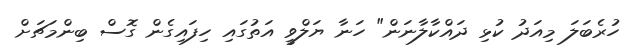
ހުރެބަލަ މިއަދު ކުޅި ދައްކާލާނަން" ހަނާ ޔަލްވީ އަތުގައި ހިފައިގެން ގޮސް ބިންމަޗަށް